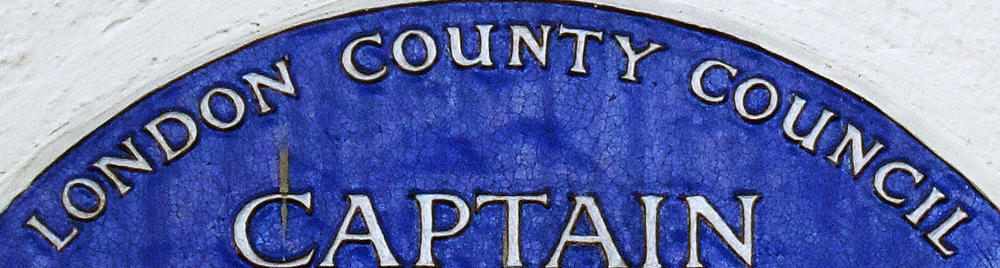
LONDON COUNTY COUNCIL